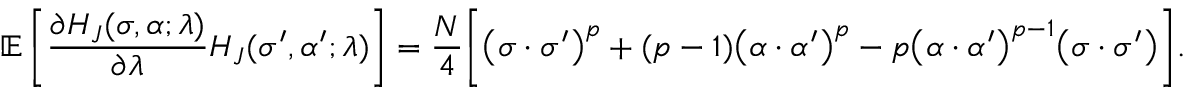
\mathbb { E } \left[ \frac { \partial H _ { J } ( \sigma , \alpha ; \lambda ) } { \partial \lambda } H _ { J } ( \sigma ^ { \prime } , \alpha ^ { \prime } ; \lambda ) \right] = \frac { N } { 4 } \bigg [ \big ( \sigma \cdot \sigma ^ { \prime } \big ) ^ { p } + ( p - 1 ) \big ( \alpha \cdot \alpha ^ { \prime } \big ) ^ { p } - p \big ( \alpha \cdot \alpha ^ { \prime } \big ) ^ { p - 1 } \big ( \sigma \cdot \sigma ^ { \prime } \big ) \bigg ] .